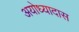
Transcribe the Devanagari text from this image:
अयोध्यादास